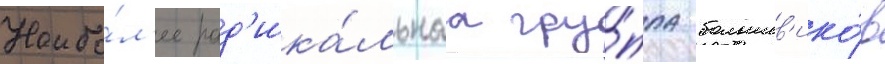
Наибо́л'ее рад'ика́льнаа гру́ппа большев'ико́в